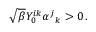
\sqrt { \beta } Y _ { 0 } ^ { i k } \alpha ^ { j } { } _ { k } > 0 \, .